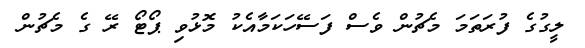
ލީގުގެ ފުރަތަމަ މެޗުން ވެސް ފަސޭހަކަމާއެކު މޮޅުވި ޕޯޓޯ ރޭ ގެ މެޗުން